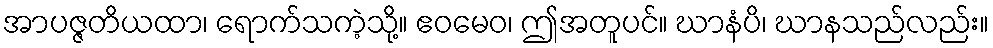
အာပဇ္ဇတိယထာ၊ ရောက်သကဲ့သို့။ ဧဝမေဝ၊ ဤအတူပင်။ ဃာနံပိ၊ ဃာနသည်လည်း။